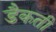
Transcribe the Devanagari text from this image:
डैकती